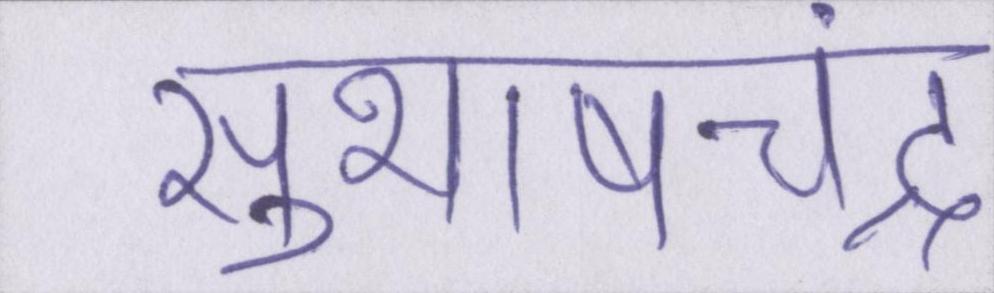
सुभाषचंद्र